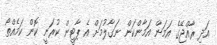
އަދި ރާއްޖޭގެ އަމަން އަމާންކަން ނަގާލުމަށް އެ ޕާޓީން ކުރަނީ ކޮން ކަމެއްތޯ